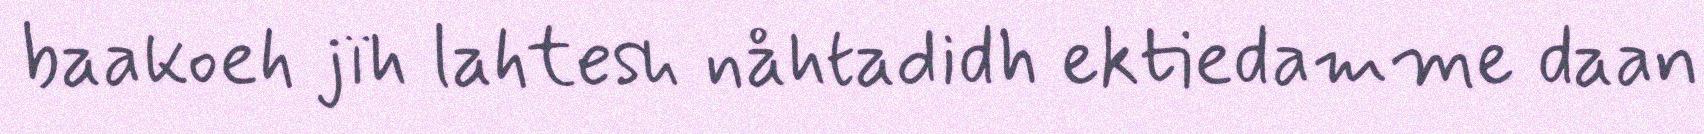
baakoeh jïh lahtesh nåhtadidh ektiedamme daan